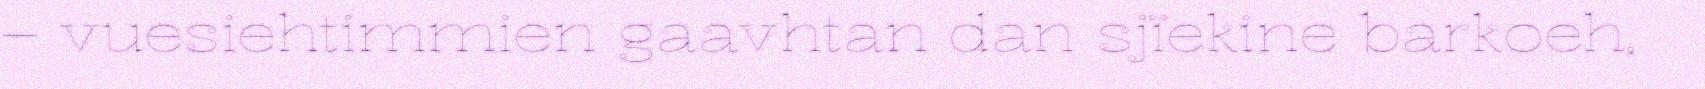
– vuesiehtimmien gaavhtan dan sjïekine barkoeh,